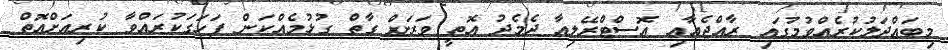
މިބައްދަލުކުރެއްވުމުގައި ރާއްޖެއާއި އޮސްޓްރޭލިއާ ދެމެދު އޮތީ ވަރަށް ގާތް ގުޅުމެއްކަން ފަހަގަކުރައްވާ ކުރިއަށްއޮތް